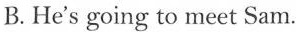
B.He's going to meet Sam.